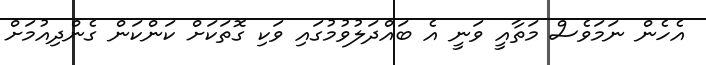
އެހެން ނަމަވެސް މަތާއީ ވަނީ އެ ބައްދަލުވުމުގައި ވަކި ގޮތަކަށް ކަންކަން ގެންދިއުމަށް